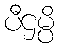
ပီဌမ္ပိ